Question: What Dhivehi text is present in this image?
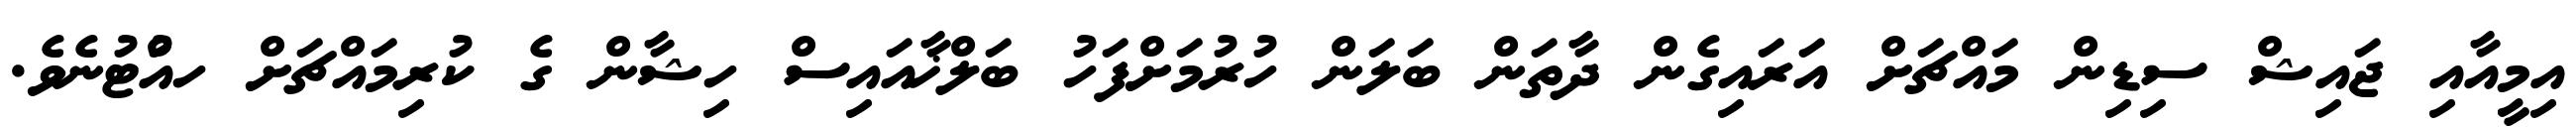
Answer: އިމީއާއި ޖައިޝް ސިޑިން މައްޗަށް އަރައިގެން ދާތަން ބަލަން ހުރުމަށްފަހު ބަލްޚާއައިސް ހިޝާން ގެ ކުރިމައްޗަށް ހއުްޓުނެވެ.